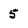
Character: 5